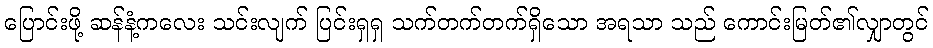
ပြောင်းဖို့ ဆန်နံ့ကလေး သင်းလျက် ပြင်းရှရှ သက်တက်တက်ရှိသော အရသာ သည် ကောင်းမြတ်၏လျှာတွင်